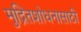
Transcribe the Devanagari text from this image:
मुद्रितशोधनासाठी